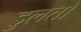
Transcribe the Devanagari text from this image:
डुलतो